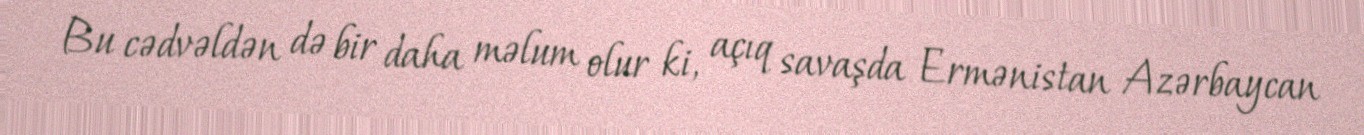
Bu cədvəldən də bir daha məlum olur ki, açıq savaşda Ermənistan Azərbaycan